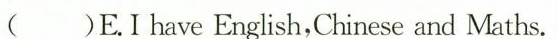
( )E.I have English,Chinese and Maths.